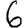
Digit: 6